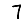
Digit: 7